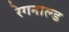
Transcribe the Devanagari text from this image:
रेगनाल्ड